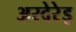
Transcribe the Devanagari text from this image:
अरदेरेइ